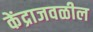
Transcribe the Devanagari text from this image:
केंद्राजवळील